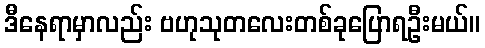
ဒီနေရာမှာလည်း ဗဟုသုတလေးတစ်ခုပြောရဦးမယ်။